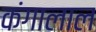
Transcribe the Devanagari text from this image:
कंगालाल